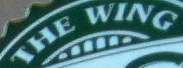
THE WING